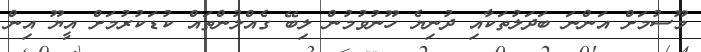
މޫސުމަށް އަންނަ ބަދަލުތަކާއި ދުނިޔެ ހޫނުވުމުން ލިބޭ ގެއްލުންތައް ކުޑަކުރުމަށް އީޔޫ އިން